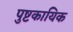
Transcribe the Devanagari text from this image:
पुष्टकायिक